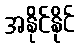
အနိုင်နိုင်